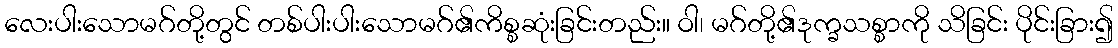
လေးပါးသောမဂ်တို့တွင် တစ်ပါးပါးသောမဂ်၏ကိစ္စဆုံးခြင်းတည်း။ ဝါ၊ မဂ်တို့၏ဒုက္ခသစ္စာကို သိခြင်း ပိုင်းခြား၍